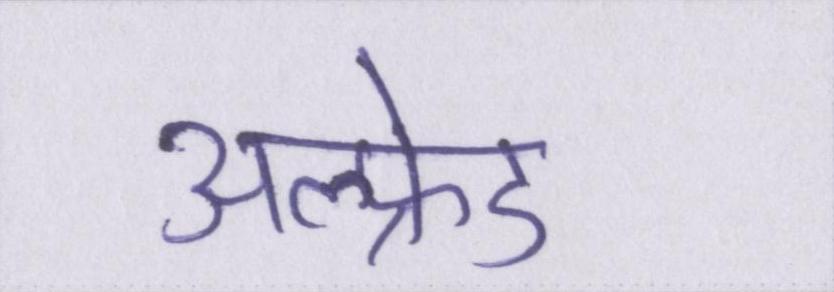
अल्फ्रेड